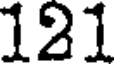
121